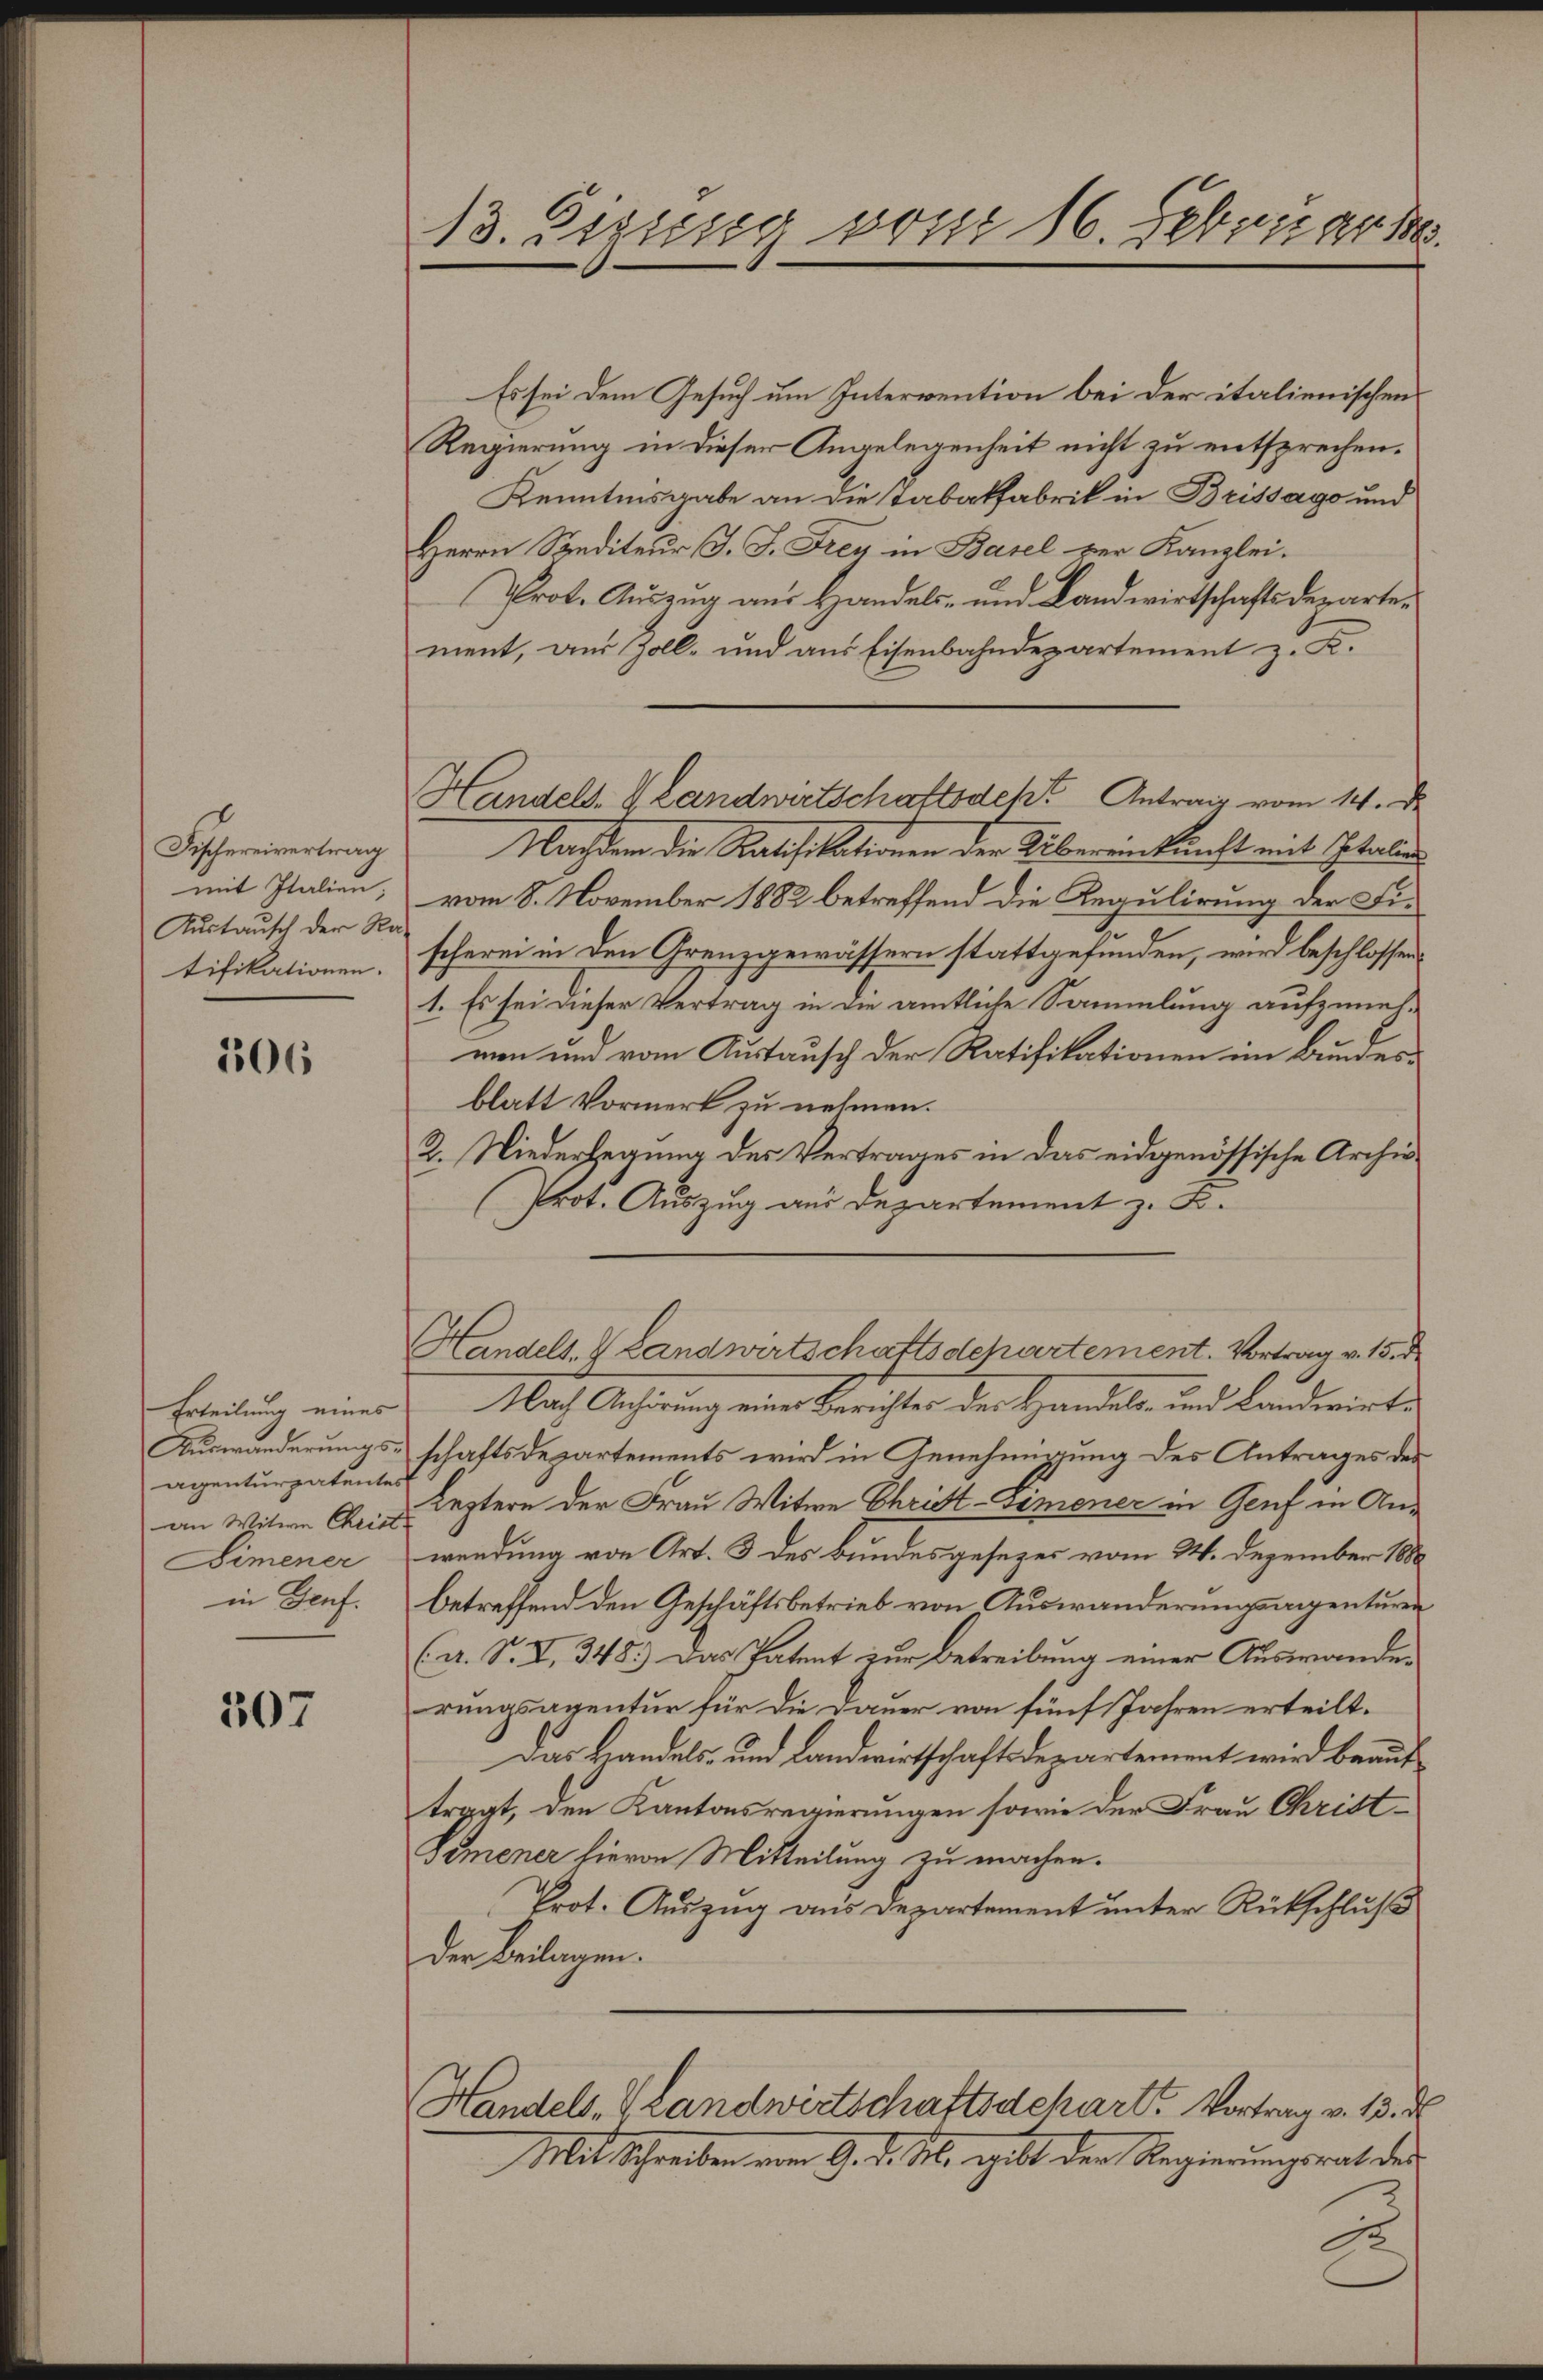
Fischereivertrag
mit Italien,
Austausch der Ra-
tifikationen.

106

Erteilung eines
agenturpatentes
an Witwe Christ.
Dimener

307

13. Digung vom 16. Februar 1

Handels- & Landwirtschaftsdekt Antrag vom 14. De

Es sei dem Gesuch um Intervention bei der italienischens
Regierung in dieser Angelegenheit nicht zu entsprechen.
Kenntnisgabe an die Tabakfabrik in Brissago und
Herrn Spediteur J. J. Frey in Basel ver Kanzlei.
Prot. Auszug aus Handels- und Landwirtschaftsdepartement, aus Zoll- und aus Eisenbahndepartement z. K.
Nachdem die Ratifikationen der Übereinkunft mit Itali
vom 8. November 1882 betreffend die Regulirung der Fischerei in den Grenzgewässern stattgefunden, wird beschlossens
1. Es sei dieser Vertrag in die amtliche Sammlung aufzunehmen und vom Austausch der Ratifikationen im Bundesblatt Vormerk zu nehmen.
2. Niederlegung des Vertrages in das eidgenössische Archiv
Prot. Auszug aus Departement z. B.
Handels- & Landwirtschaftsdchartement. Vortrag v. 15. d
Nach Anhörung eines Berichtes des Handels- und Landwirt-
Auswanderungs- schaftsdepartements wird in Genehmigung des Antrages der
Leztern der Frau Witwe Christ-Dimener in Genf in Anwendung von Art. 3 des Bundesgesezes vom 24. Dezember 1880
in Genf. betreffend den Geschäftsbetrieb von Auswanderungsagenturen
(A. S. I, 348.) Das Patent zur Betreibung einer Auswanden
rungsagentur für die Dauer von fünf Jahren erteilt.
Das Handels- und Landwirtschaftsdepartement wird beauftragt, den Kantonsregierungen sowie der Frau Christ¬
Demener hievon Mitteilung zu machen.
Prot. Auszug aus Departement unter Rückschluß
Der Beilagen.
Handels- & Landwirtschaftsdchart. Vortrag v. 13. d.
Mit Schreiben vom 9. d. M., gilt der Regierungsrat der

1